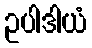
ဥပါဒါယံ